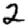
Digit: 2